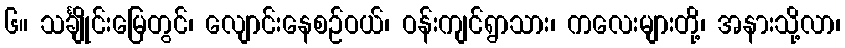
၆။ သင်္ချိုင်းမြေတွင်၊ လျောင်းနေစဉ်ဝယ်၊ ဝန်းကျင်ရွာသား၊ ကလေးများတို့၊ အနားသို့လာ၊